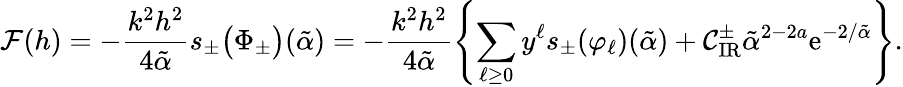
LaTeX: \mathcal{F}(h)=-\frac{k^{2}h^{2}}{4\tilde{\alpha}}s_{\pm}\bigl(\Phi_{\pm}\bigr)(\tilde{\alpha})=-\frac{k^{2}h^{2}}{4\tilde{\alpha}}\left\{ \sum_{\ell\ge 0}y^{\ell}s_{\pm}(\varphi_{\ell})(\tilde{\alpha})+\mathcal{C}_{\mathrm{IR}}^{\pm}\tilde{\alpha}^{2-2a}\mathrm{e}^{-2/\tilde{\alpha}}\right\} .